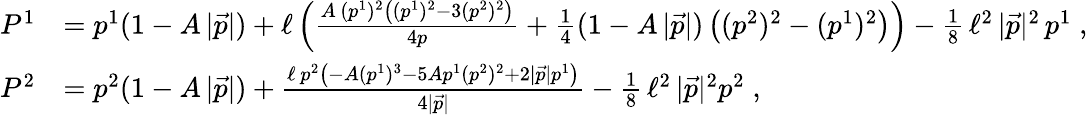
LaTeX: \begin{array}{rl}{P^{1}}&{=p^{1}(1-A\, |\vec{p}|)+\ell\left(\frac{A\, (p^{1})^{2}\left((p^{1})^{2}-3(p^{2})^{2}\right)}{4p}+\frac{1}{4}(1-A\, |\vec{p}|)\left((p^{2})^{2}-(p^{1})^{2}\right)\right)-\frac{1}{8}\, \ell^{2}\, |\vec{p}|^{2}\, p^{1}\; ,}\\ {P^{2}}&{=p^{2}(1-A\, |\vec{p}|)+\frac{\ell\, p^{2}\left(-A(p^{1})^{3}-5Ap^{1}(p^{2})^{2}+2|\vec{p}|p^{1}\right)}{4|\vec{p}|}-\frac{1}{8}\, \ell^{2}\, |\vec{p}|^{2}p^{2}\; ,}\end{array}